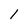
Character: 1